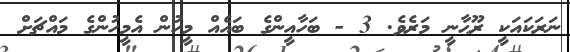
ނަރަކައަކީ ރޫޙާނީ މަރެވެ. 3 - ބަހާއީންގެ ބައެއް މީހުން އެމީހުންގެ މައްޗަށް